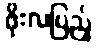
ဖိုးလပြည့်